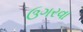
ઉગરવા